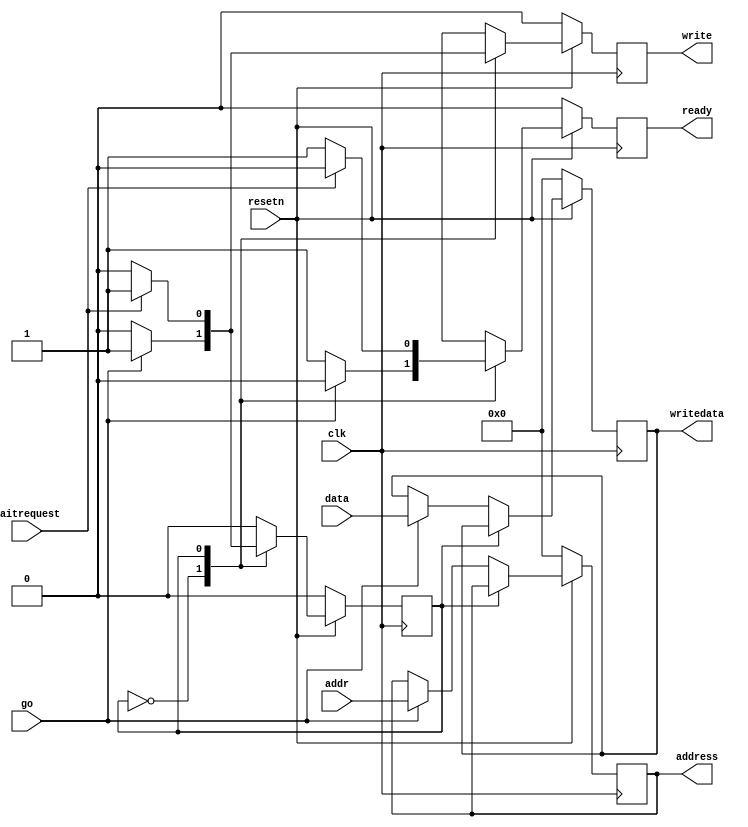
`timescale 1ns/1ns

//this file implements an Avalon Master which is used to write data into an
//external RAM using a provided RAM controller.

module mem_master (
    input clk,
    input resetn,
    input [31:0] data,
    input [31:0] addr,
    input go,
    output reg ready,
    output reg write,
    output reg [31:0] writedata,
    input waitrequest,
    output reg [31:0] address
    );

    localparam WAIT_STATE = 1'b0;
    localparam WRITE_STATE = 1'b1;
    reg state;
    always @ (posedge clk) begin
        if (!resetn) begin
            state <= WAIT_STATE;
            writedata <= 32'b0;
            write <= 1'b0;
            address <= 32'b0;
            ready <= 1'b0;
        end else begin
            case (state)
                WAIT_STATE: begin
                    if (go) begin
                        write <= 1'b1;
                        writedata <= data;
                        state <= WRITE_STATE;
                        address <= addr;
                        ready <= 1'b0;
                    end else begin
                        write <= 1'b0;
                        //writedata <= 32'b0;
                        //state <= WAIT_STATE;
                        //address <= 32'b0;
                        ready <= 1'b1;
                    end
                end
                WRITE_STATE: begin
                    if (waitrequest) begin
                        write <= 1'b1;
                        writedata <= writedata;
                        state <= WRITE_STATE;
                        address <= address;
                        ready <= 1'b0;
                    end else begin
                        write <= 1'b0;
                        //writedata <= 32'b0;
                        state <= WAIT_STATE;
                        //address <= 32'b0;
                        ready <= 1'b1;
                    end
                end
            endcase
        end
    end

endmodule